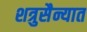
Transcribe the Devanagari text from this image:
शत्रुसैन्यात